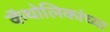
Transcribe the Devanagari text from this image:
कॅथोलिकांच्या